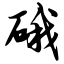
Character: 硪